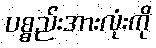
ပစ္စည်းအားလုံးကို